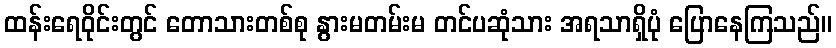
ထန်းရေဝိုင်းတွင် တောသားတစ်စု နွားမတမ်းမ တင်ပဆုံသား အရသာရှိပုံ ပြောနေကြသည်။